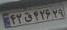
۴۲ق۴۲۶۲۹